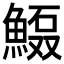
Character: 𲌻